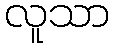
လူသာ